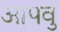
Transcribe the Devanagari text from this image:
आपवुं